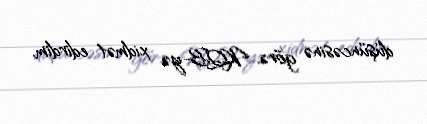
düşüncəsinə görə, KQB-yə xidmət edirdim.